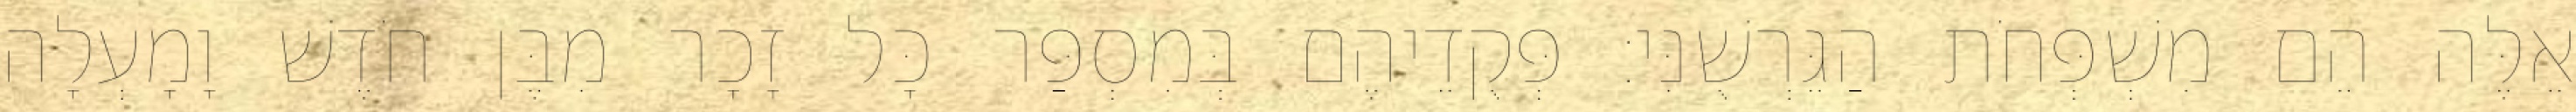
אֵלֶּה הֵם מִשְׁפְּחֹת הַגֵּרְשֻׁנִּי׃ פְּקֻדֵיהֶם בְּמִסְפַּר כָּל זָכָר מִבֶּן חֹדֶשׁ וָמָעְלָה